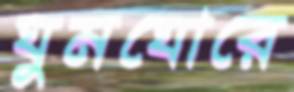
ঘুমঘোরে